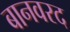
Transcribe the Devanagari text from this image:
बानवरद